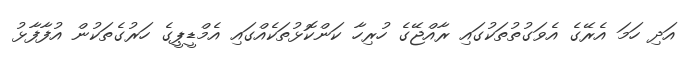
އަދި ހަމަ އެރޭގެ އެވަގުތުތަކުގައި ރާއްޖޭގެ ހުރިހާ ކަންކޮޅުތަކެއްގައި އެމްޑީޕީގެ ހަރުގެތަކުން އުފާފާޅު